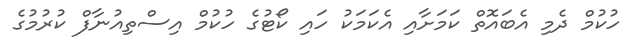
ހުކުމް ދެމި އެބައޮތް ކަމަށާއި އެކަމަކު ހައި ކޯޓުގެ ހުކުމް އިސްތިއުނާފް ކުރުމުގެ